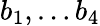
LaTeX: b_{1},\ldots b_{4}